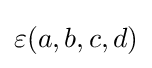
\varepsilon (a,b,c,d)